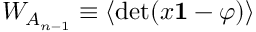
W _ { A _ { n - 1 } } \equiv \langle \mathrm { d e t } ( x { \bf 1 } - \varphi ) \rangle